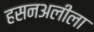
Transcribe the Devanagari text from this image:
हसनअलीला